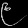
Digit: ၉